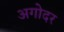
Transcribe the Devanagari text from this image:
अगोदर